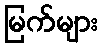
မြက်များ